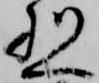
烈